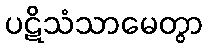
ပဋိသံသာမေတွာ